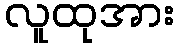
လူထုအား